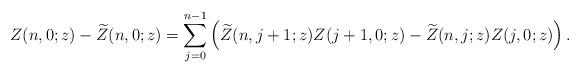
LaTeX: \begin{align*}Z(n,0;z) - \widetilde Z(n,0;z)=\sum_{j=0}^{n-1} \left( \widetilde Z(n,j+1;z) Z(j+1,0;z) -\widetilde Z(n,j;z) Z(j,0;z) \right).\end{align*}